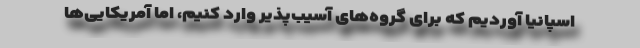
اسپانیا آوردیم که برای گروه‌های آسیب‌پذیر وارد کنیم، اما آمریکایی‌ها